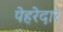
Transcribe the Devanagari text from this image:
पेहरेदार